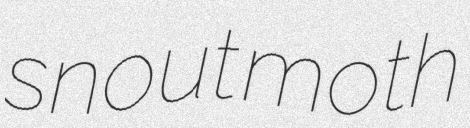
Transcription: snout moth